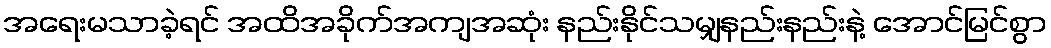
အရေးမသာခဲ့ရင် အထိအခိုက်အကျအဆုံး နည်းနိုင်သမျှနည်းနည်းနဲ့ အောင်မြင်စွာ